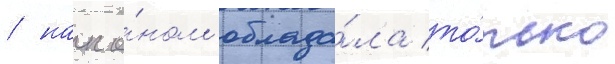
/ накло́ном облада́ла то́лько